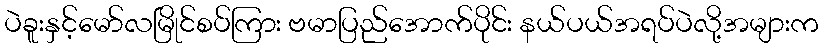
ပဲခူးနှင့်မော်လမြိုင်စပ်ကြား ဗမာပြည်အောက်ပိုင်း နယ်ပယ်အရပ်ပဲလို့အများက